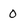
Character: 0